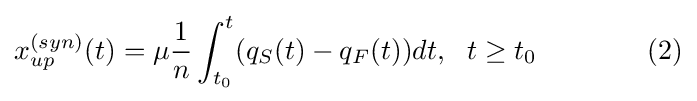
x_{up}^{(syn)}(t)=\mu {\frac {1}{n}}\int _{t_{0}}^{t}(q_{S}(t)-q_{F}(t))dt,\ \ t\geq t_{0}\qquad \qquad (2)